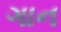
ગાન